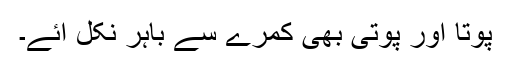
پوتا اور پوتی بھی کمرے سے باہر نکل آئے۔